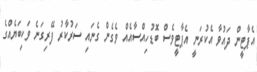
އެޕާޓީން ދައުވާ އެކުރަނީ އެޕާޓީވެސް ބޮޑުހިއްސާއެއް ވެގެން ގެނައި ސަރުކާރު ފޭރިގަނެ ވަކިބަޔެއްގެ